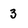
Character: 3